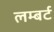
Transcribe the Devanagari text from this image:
लम्बर्ट